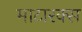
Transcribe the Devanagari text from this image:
माटारक्स